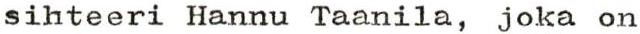
sihteeri Hannu Taanila, joka on